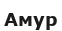
Амур